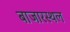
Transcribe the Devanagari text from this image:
बाजारस्थल